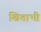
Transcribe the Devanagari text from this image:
खिताभी